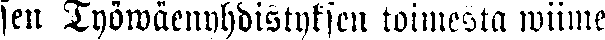
sen Työwäenyhdistyksen toimesta wiime